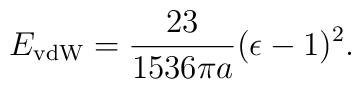
E_{\rm vdW}={23\over1536\pi a}(\epsilon-1)^2.